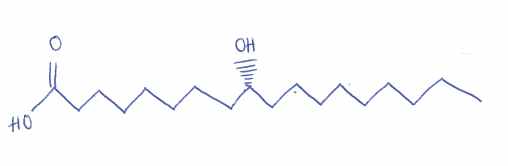
Simplified molecular-input line-entry system (SMILES) notation of the given molecule:
CCCCCCCCC[C@H](CCCCCCCC(=O)O)O